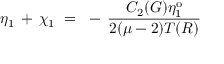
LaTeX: \eta _ { 1 } \, + \, \chi _ { 1 } ~ = ~ - \, \frac { C _ { 2 } ( G ) \eta _ { 1 } ^ { \mathrm { o } } } { 2 ( \mu - 2 ) T ( R ) }